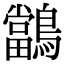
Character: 𪇁